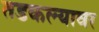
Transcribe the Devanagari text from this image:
तडकल्यावर